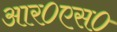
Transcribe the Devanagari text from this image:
आर०एस०